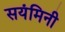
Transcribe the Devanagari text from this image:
सयंमिनी